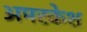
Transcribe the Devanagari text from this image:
अमरकेश